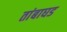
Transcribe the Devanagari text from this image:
तांबाघड